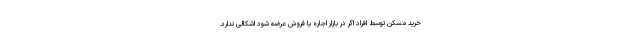
خرید مسکن توسط افراد اگر در بازار اجاره یا فروش عرضه شود اشکالی ندارد.